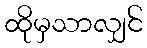
ထိုမှသာလျှင်